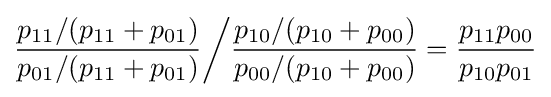
{\dfrac {p_{11}/(p_{11}+p_{01})}{p_{01}/(p_{11}+p_{01})}}{\bigg /}{\dfrac {p_{10}/(p_{10}+p_{00})}{p_{00}/(p_{10}+p_{00})}}={\dfrac {p_{11}p_{00}}{p_{10}p_{01}}}